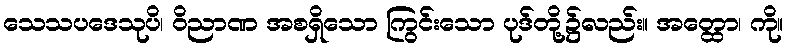
သေသပဒေသုပိ၊ ဝိညာဏ အစရှိသော ကြွင်းသော ပုဒ်တို့၌လည်း။ အတ္ထော၊ ကို။